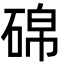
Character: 䃇